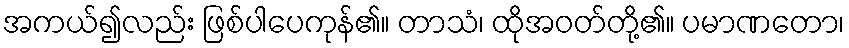
အကယ်၍လည်း ဖြစ်ပါပေကုန်၏။ တာသံ၊ ထိုအဝတ်တို့၏။ ပမာဏတော၊